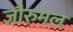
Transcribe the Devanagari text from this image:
जौरुमल